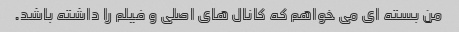
من بسته ای می خواهم که کانال های اصلی و فیلم را داشته باشد.